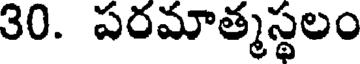
30. పరమాత్మస్థలం